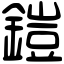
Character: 鎧